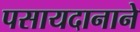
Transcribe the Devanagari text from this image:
पसायदानाने